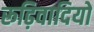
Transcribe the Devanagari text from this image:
रूढ़िवादियों